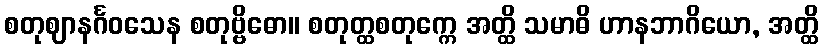
စတုဈာနင်္ဂဝသေန စတုဗ္ဗိဓော။ စတုတ္ထစတုက္ကေ အတ္ထိ သမာဓိ ဟာနဘာဂိယော, အတ္ထိ